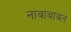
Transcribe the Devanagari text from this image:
नावांबाबत